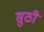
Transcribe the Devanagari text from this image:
सुठी